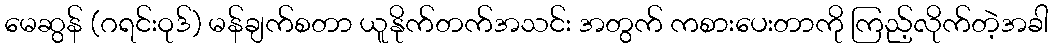
မေဆွန် (ဂရင်းဝုဒ်) မန်ချက်စတာ ယူနိုက်တက်အသင်း အတွက် ကစားပေးတာကို ကြည့်လိုက်တဲ့အခါ